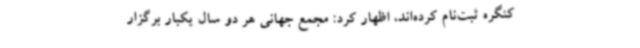
کنگره ثبت‌نام‌ کرده‌اند، اظهار کرد: مجمع جهانی هر دو سال یکبار برگزار